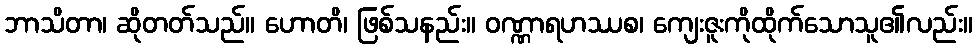
ဘာသိတာ၊ ဆိုတတ်သည်။ ဟောတိ၊ ဖြစ်သနည်း။ ဝဏ္ဏာရဟဿစ၊ ကျေးဇူးကိုထိုက်သောသူ၏လည်း။